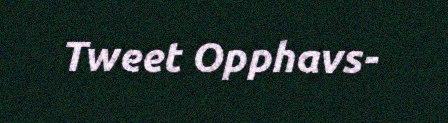
Tweet Opphavs-